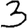
Digit: 3